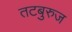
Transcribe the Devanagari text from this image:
तटबुरुज